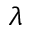
\boldsymbol { \lambda }